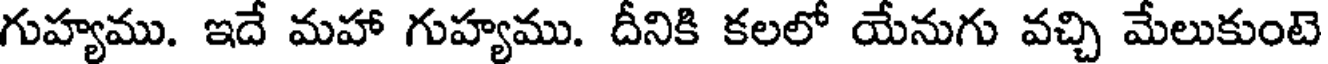
గుహ్యము. ఇదే మహా గుహ్యము. దీనికి కలలో యేనుగు వచ్చి మేలుకుంటె